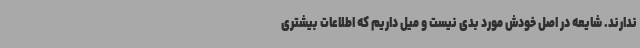
ندارند. شایعه در اصل خودش مورد بدی نیست و میل داریم که اطلاعات بیشتری